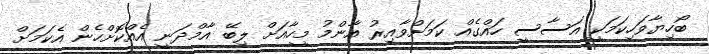
ބޯހިޔާވަހިކަމަކީ އަސާސީ ހައްގެއް ކަމަށްވާއިރު އާންމު މީހާއަށް ލިބޭ އާމްދަނީ އެއްކޮށްހެން އެކަމަށް